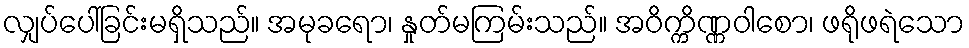
လျှပ်ပေါ်ခြင်းမရှိသည်။ အမုခရော၊ နှုတ်မကြမ်းသည်။ အဝိက္ကိဏ္ဏဝါစော၊ ဖရိုဖရဲသော